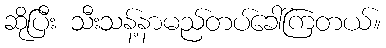
ဆိုပြီး သီးသန့်နာမည်တပ်ခေါ်ကြတယ်။